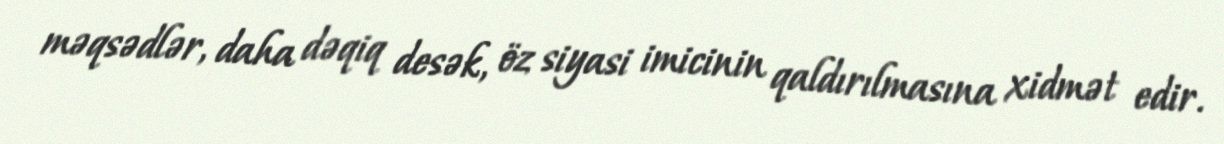
məqsədlər, daha dəqiq desək, öz siyasi imicinin qaldırılmasına xidmət edir.